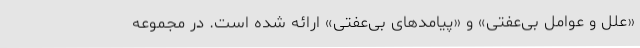
«علل و عوامل بی‌عفتی» و «پیامدهای بی‌عفتی» ارائه شده است. در مجموعه